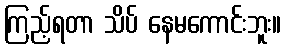
ကြည့်ရတာ သိပ် နေမကောင်းဘူး။